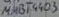
Text: MMBT403